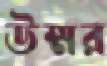
উম্মর